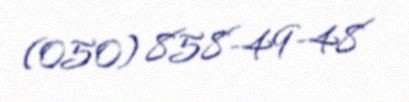
(050) 858-49-48